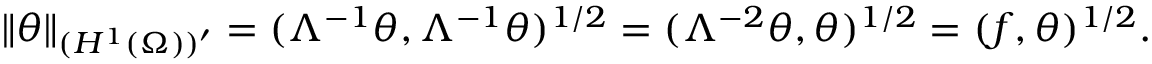
\| \theta \| _ { ( H ^ { 1 } ( \Omega ) ) ^ { \prime } } = ( \Lambda ^ { - 1 } \theta , \Lambda ^ { - 1 } \theta ) ^ { 1 / 2 } = ( \Lambda ^ { - 2 } \theta , \theta ) ^ { 1 / 2 } = ( f , \theta ) ^ { 1 / 2 } .